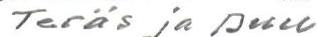
Teräs ja puu